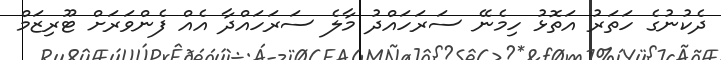
ދެކުނުގެ ހަތަރު އަތޮޅު ހިމެނޭ ސަރަހައްދު މާލެ ސަރަހައްދާ އެއް ފެންވަރަށް ޓޫރިޒަމް